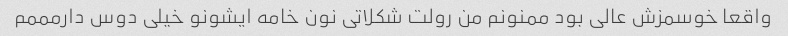
واقعا خوسمزش عالی بود ممنونم من رولت شکلاتی نون خامه ایشونو خیلی دوس دارمممم